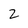
Character: 2